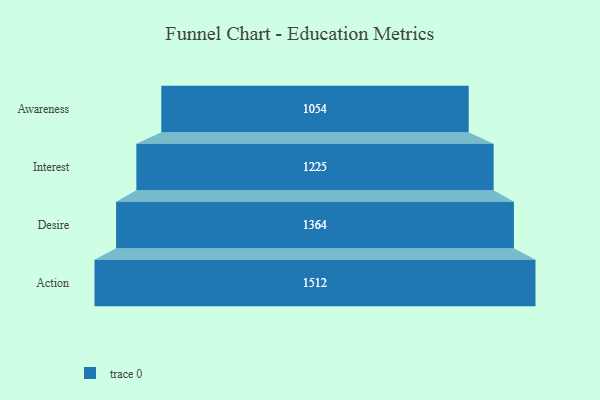
{"axis": {"x": "Stage", "y": "Value"}, "legend": [""], "data": [{"x": "Awareness", "y": 1054.0, "type": ""}, {"x": "Interest", "y": 1225.0, "type": ""}, {"x": "Desire", "y": 1364.0, "type": ""}, {"x": "Action", "y": 1512.0, "type": ""}]}